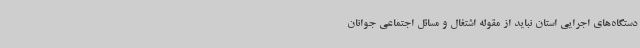
دستگاه‌های اجرایی استان نباید از مقوله اشتغال و مسائل اجتماعی جوانان